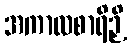
အကာလစာရိဉှိ